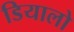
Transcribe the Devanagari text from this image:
डियालो